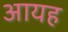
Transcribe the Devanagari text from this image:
आयह